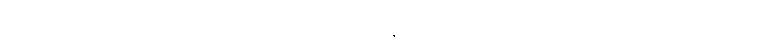
၁၀-ပါးလုံလျှင် လူ၊ နတ်၊ ဗြဟ္မာဖြစ်လို ရာ ဖြစ်နိုင်ကြောင်း ဟောသော သာလေယျလကသုတ်၊